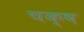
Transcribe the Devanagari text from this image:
चक्ष